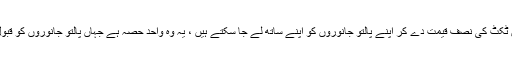
آپ پلومان میں ٹکٹ کی نصف قیمت دے کر اپنے پالتو جانوروں کو اپنے ساتھ لے جا سکتے ہیں ، یہ وہ واحد حصہ ہے جہاں پالتو جانوروں کو قبول کیا جاتا ہے۔